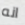
انه